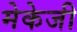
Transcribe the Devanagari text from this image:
मेकेजी